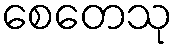
စေတေသု